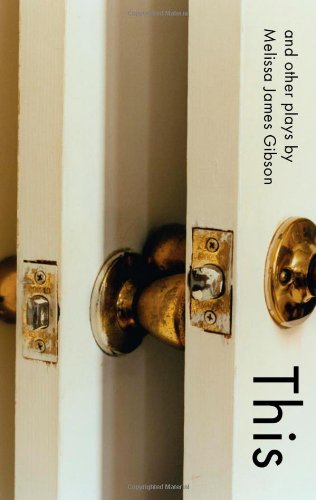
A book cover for This and Other Plays; Melissa James Gibson; Literature & Fiction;